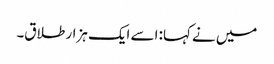
میں نے کہا: اسے ایک ہزار طلاق۔